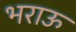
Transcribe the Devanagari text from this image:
भराऊ